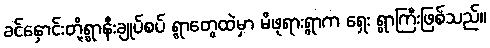
ခင်နှောင်းတို့ရွာနီးချုပ်စပ် ရွာတွေထဲမှာ မိဖုရားရွာက ရှေး ရွာကြီးဖြစ်သည်။